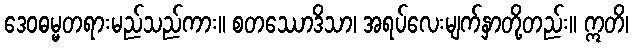
ဒေဝဓမ္မတရားမည်သည်ကား။ စတဿောဒိသာ၊ အရပ်လေးမျက်နှာတို့တည်း။ ဣတိ၊